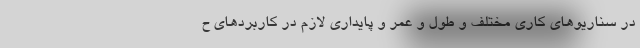
در سناریوهای کاری مختلف و طول و عمر و پایداری لازم در کاربردهای ح